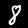
Digit: 8